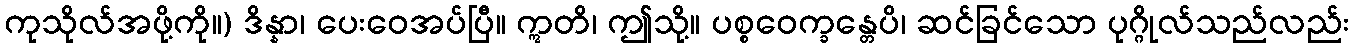
ကုသိုလ်အဖို့ကို။) ဒိန္နာ၊ ပေးဝေအပ်ပြီ။ ဣတိ၊ ဤသို့။ ပစ္စဝေက္ခန္တေပိ၊ ဆင်ခြင်သော ပုဂ္ဂိုလ်သည်လည်း